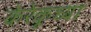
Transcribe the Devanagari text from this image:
केरेकूच्या